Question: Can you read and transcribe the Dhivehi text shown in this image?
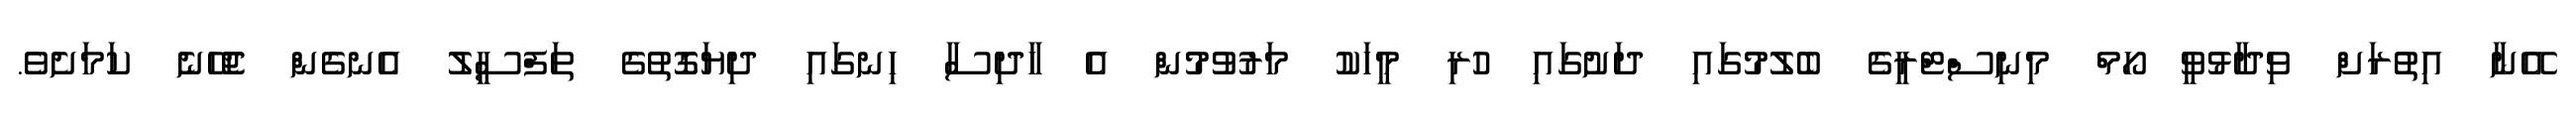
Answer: އޭނާ އިތުރަށް ވިދާޅުވީ ހޯމް މިނިސްޓްރީގެ ބެލުމުގައި ދަށުގައި ހުރި މީހަކު މަރުވުމުން އެ ހާދިސާ ހިނގައި ދިޔަގޮތުގެ ތަފްސީލު އެނގެން ޖެހޭނެ ކަމަށެވެ.